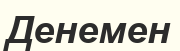
Денемен